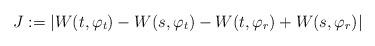
LaTeX: \begin{align*}J:=|W(t,\varphi_{t})-W(s,\varphi_{t})-W(t,\varphi_{r})+W(s,\varphi_{r})|\end{align*}